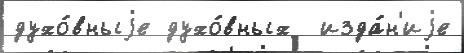
духо́вныjе духо́вных  изда́н'иjе